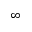
\infty